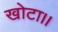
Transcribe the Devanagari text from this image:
खोटा।।